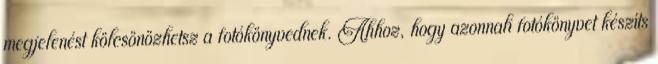
megjelenést kölcsönözhetsz a fotókönyvednek. Ahhoz, hogy azonnali fotókönyvet készíts